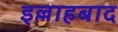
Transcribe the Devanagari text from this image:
इल्लाहबाद